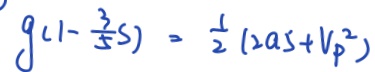
g ( 1 - \frac { 3 } { 5 } s ) = \frac { 1 } { 2 } ( 2 a 5 + V _ { p } ^ { 2 } )